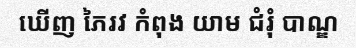
ឃើញ ភៃរវ កំពុង យាម ជំរុំ បាណ្ឌ